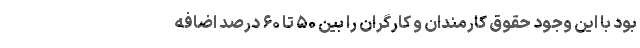
بود با این وجود حقوق کارمندان و کارگران را بین ۵۰ تا ۶۰ درصد اضافه